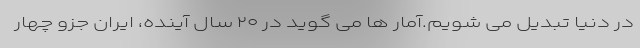
در دنیا تبدیل می شویم.آمار ها می گوید در ۲۰ سال آینده، ایران جزو چهار